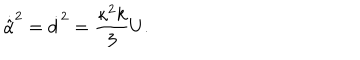
LaTeX: \dot { \hat { \alpha } } ^ { 2 } = \dot { d } ^ { 2 } = \frac { \kappa ^ { 2 } k } { 3 } U .